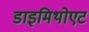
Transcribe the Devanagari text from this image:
डाइमिथोएट